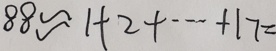
8 8 \approx 1 + 2 + \cdots + 1 7 =